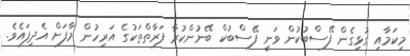
މިކަމާއި ގުޅިގެން ފޭސްބުކުން ވަނީ ފޭސްބުކް ބޭނުންކުރާ ފަރާތްތަކުގެ އަރިހުން މާފަށް އެދިފައެވެ.